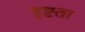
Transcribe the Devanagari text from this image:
इष्टता